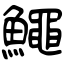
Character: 鱦